Scottish Certificate of Education, 1962
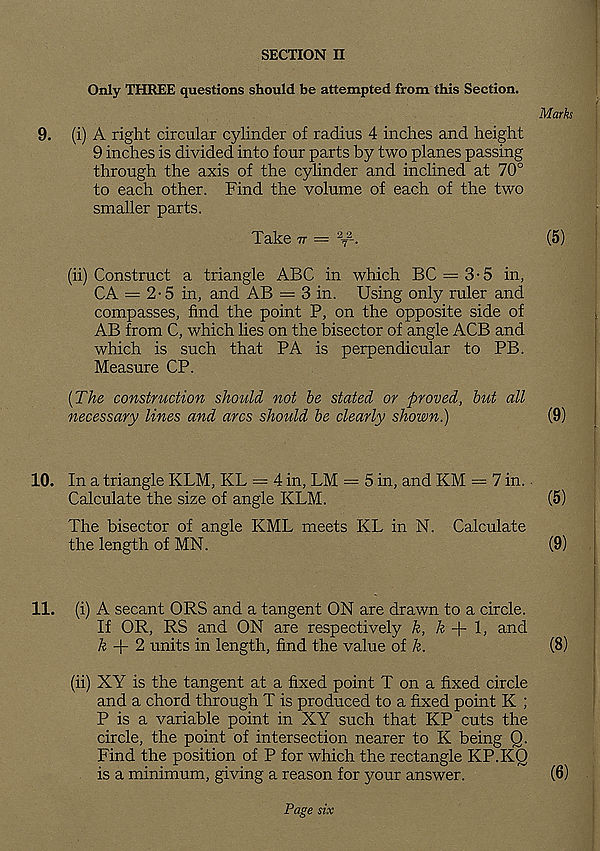
SECTION II
Only THREE questions should be attempted from this Section.
Marks
9. (i) A right circular cylinder of radius 4 inches and height
9 inches is divided into four parts by two planes passing
through the axis of the cylinder and inclined at 70°
to each other. Find the volume of each of the two
smaller parts.
Take tt = A 2 --
(5)
(ii) Construct a triangle ABC in which BC = 3-5 in,
CA = 2-5 in, and AB = 3 in. Using only ruler and
compasses, find the point P, on the opposite side of
AB from C, which lies on the bisector of angle ACB and
which is such that PA is perpendicular to PB.
Measure CP.
[The construction should not be stated or proved, but all
necessary lines and arcs should be clearly shown.)
(9)
10. In a triangle KLM, KL = 4 in, LM — 5 in, and KM = 7 in.
Calculate the size of angle KLM.
(5)
The bisector of angle KML meets KL in N. Calculate
the length of MN.
(9)
11. (i) A secant ORS and a tangent ON are drawn to a circle.
If OR, RS and ON are respectively k, £ + 1, and
& + 2 units in length, find the value of k.
(8)
(ii) XY is the tangent at a fixed point T on a fixed circle
and a chord through T is produced to a fixed point K ;
P is a variable point in XY such that KP cuts the
circle, the point of intersection nearer to K being Q.
Find the position of P for which the rectangle KP.KQ
is a minimum, giving a reason for your answer.
(6)
Page six